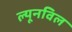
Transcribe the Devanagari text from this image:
ल्यूनविल